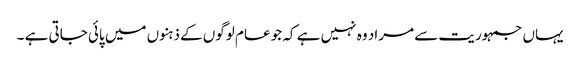
یہاں جمہوریت سے مراد وہ نہیں ہے کہ جو عام لوگوں کے ذہنوں میں پائی جاتی ہے ۔